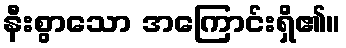
နီးစွာသော အကြောင်းရှိ၏။